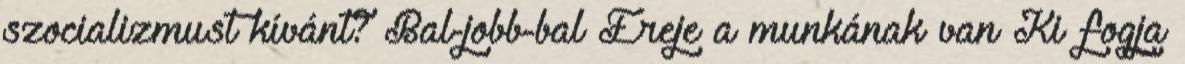
szocializmust kívánt? Bal-jobb-bal Ereje a munkának van Ki fogja